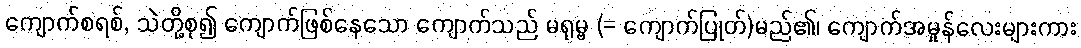
ကျောက်စရစ်, သဲတို့စု၍ ကျောက်ဖြစ်နေသော ကျောက်သည် မရုမ္ဗ (= ကျောက်ပြုတ်)မည်၏၊ ကျောက်အမှုန်လေးများကား